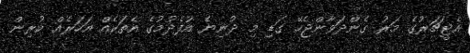
އެޓީޗަރުގެ މަރު ގެންދަވާންޖެހޭ ގަޑި މި ދުނިޔެ އުފެދުމުގެ އެތަކެއް އަހަރެއް ކުރިން